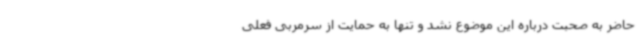
حاضر به صحبت درباره این موضوع نشد و تنها به حمایت از سرمربی فعلی